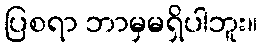
ပြစရာ ဘာမှမရှိပါဘူး။